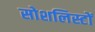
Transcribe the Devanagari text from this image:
सोशलिस्टों